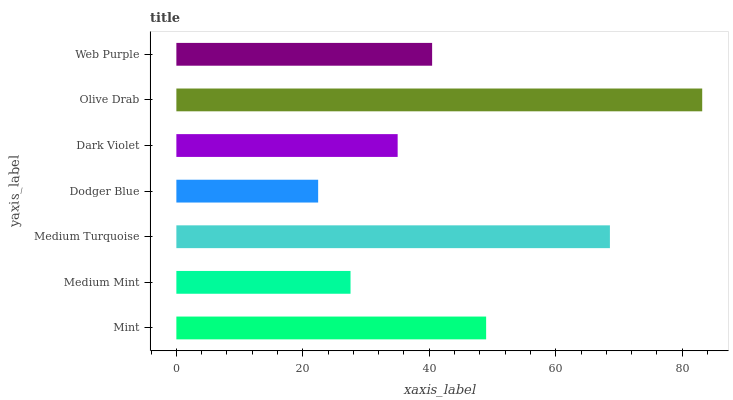
| yaxis_label | bars |
 | --- | --- |
 | Mint | 49 |
 | Medium Mint | 27.5 |
 | Medium Turquoise | 68.6 |
 | Dodger Blue | 22.4 |
 | Dark Violet | 35 |
 | Olive Drab | 83.2 |
 | Web Purple | 40.4 |